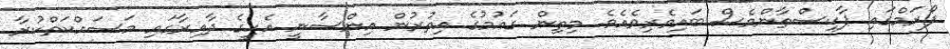
ފޯރަމްގައި ޕާކިސްތާންވެސް ބައިވެރިވެއެވެ. މިތިން ގައުމުގެ އިތުރުން އިންސާނީ އެހީގެ ދާއިރާގައި މަސައްކަތްކުރާ